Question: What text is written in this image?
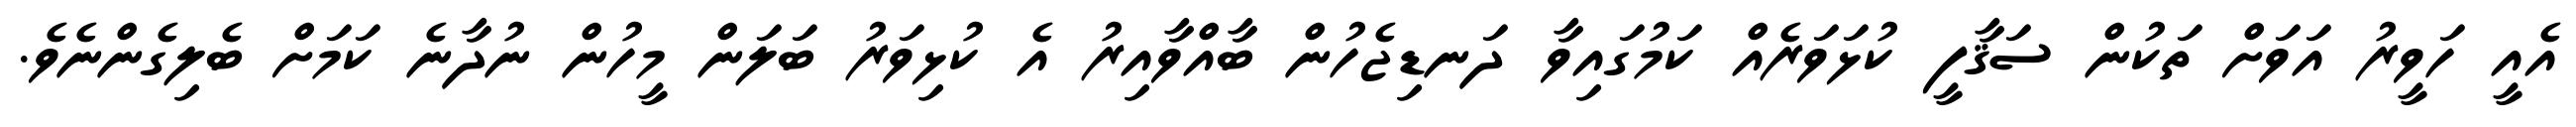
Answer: އެއީ ހަވީރު އަވަށް ތަކުން ސަޤާފީ ކުޅަވަރެއް ކަމުގައިވާ ދަނޑިޖެހުން ބާއްވާއިރު އެ ކުޅިވަރު ބަލަން މީހުން ނުދާނެ ކަމަށް ބެލިގެންނެވެ.